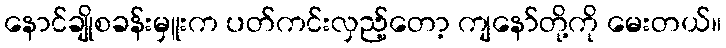
နောင်ချိုစခန်းမှူးက ပတ်ကင်းလှည့်တော့ ကျနော်တို့ကို မေးတယ်။